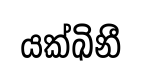
යක්ඛිනී